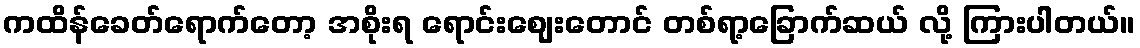
ကထိန်ခေတ်ရောက်တော့ အစိုးရ ရောင်းဈေးတောင် တစ်ရာ့ခြောက်ဆယ် လို့ ကြားပါတယ်။